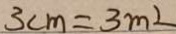
3 c m = 3 m ^ { 2 }